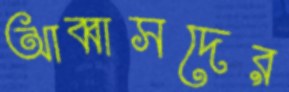
আব্বাসদের